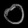
Digit: ၀